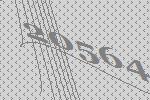
20564